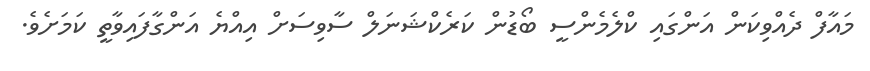
މައާފް ދެއްވިކަން އަންގައި ކްލެމެންސީ ބޯޑުން ކަރެކްޝަނަލް ސާވިސަށް އިއްޔެ އަންގާފައިވާތީ ކަމަށެވެ.